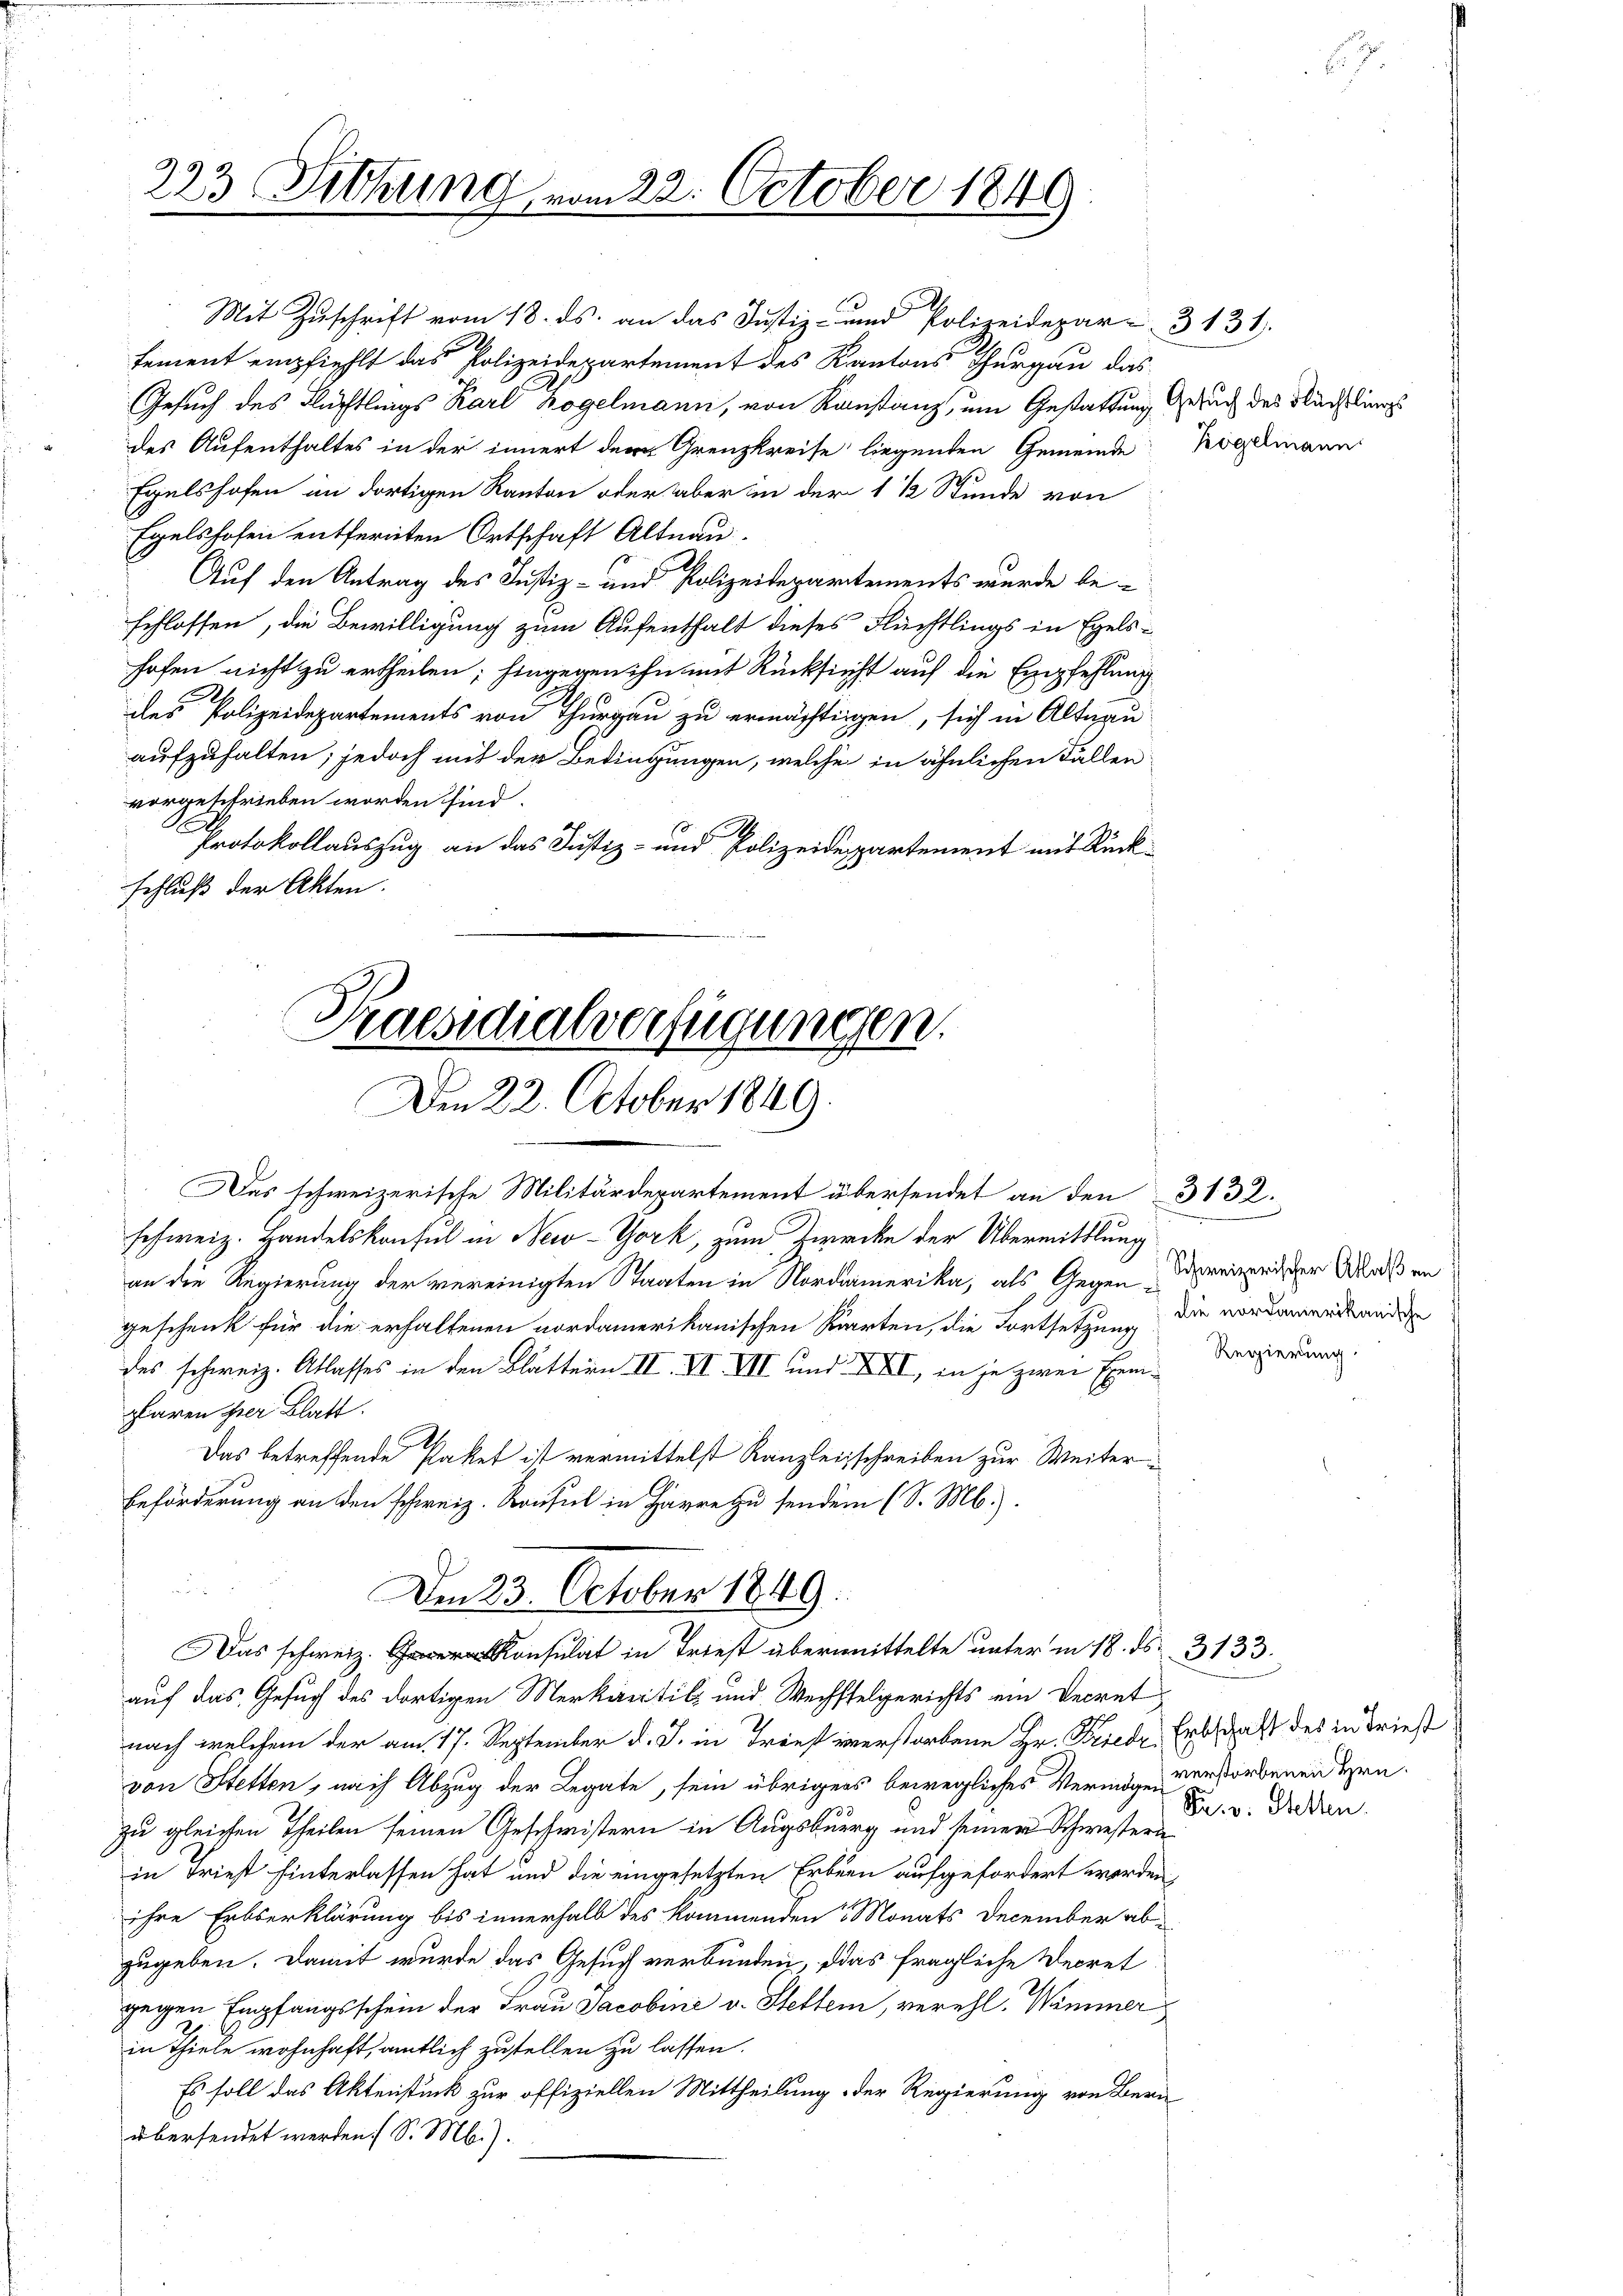
223 Sitzung vom 22. October 1849

Mit Zuschrift vom 18. ds. an das Justiz- und Polizeidepar- 3 131.
sement empfiehlt das Polizeidepartement des Kantons Thurgau das
Gesuch des Flüchtlings Karl Kogelmann, von Konstanz, um Gestattung Gesuch des Flüchtlings
des Aufenthaltes in der innert dem Grenzkreise liegenden Gemeinde Kogelmann
1.
Egelshofen im dortigen Kanton oder aber in der 1 ½ Stunde von
Egelshofen entfernten Ortschaft Altnau.
Auf den Antrag des Justiz- und Polizeidepartements wurde beschlossen, die Bewilligung zum Aufenthalt dieses Flüchtlings in Egelshofen nicht zu ertheilen; hingegen ihn mit Rücksicht auf die Empfehlung
des Polizeidepartements von Thurgau zu ermächtigen, sich in Altnau
aufzuhalten; jedoch mit der Bedingungen, welche in ähnlichen Fallen
vorgeschrieben worden sind.
Protokollauszug an das Justiz- und Polizeidepartement mit Rückschluß der Akten.

Praesidialverfügungen.
Den 22. October 1849.

Das schweizerische Militärdepartement übersendet an den 3132.
schweiz. Handelskonsul in New-York, zum Zwecke der Übermittlung
an die Regierung der vereinigten Staaten in Nordamerika, als Gegen Dreizerister Moos an
geschenk für die erhaltenen nordamerikanischen Karten, die Fortsetzung die vordamerstande
des schweiz. Atlasses in den Blättern II. VI VII und XXII, in je zwei Exem-Regierung.
plaren hier Blatt.
Das betreffende Paket ist vermittelst Kanzleisschreiben zur Weiter
Beförderung an den schweiz. Konsul in Harre zu senden (S. M.).
auf das Gesuch des dortigen Merkaritik und Wechstelgerichts ein Decret
nach welchem der am 17. September d. J. in Tries unerstorbene Hr. Friedr Erbschaft des in dries
von Stetten, nach Abzug der Legate, sein übrigers bewegliches Vermögen und vorbenen Hrn.
zu gleichen Theilen seinen Geschwistern in Augsburg und seiner Schwestern
in Friest hinterlassen hat und die eingesetzten Erbnen aufgefordert werden
ihre Erbserklärung bis innerhalb des kommenden Monats December ab-
zugeben. Damit wurde das Gesuch verbunden, das fragliche Decret
gegen Empfangsschein der Frau Jacobine v. Stetten, verehl. Wimmer
in Thiele wohnhaft, amtlich zustellen zu lassen.
Es soll das Aktenstück zur offiziellen Mittheilung der Regierung von Bern
übersendet werden. S. M.).

Den 23. October 1849.
Das schweiz. nur übermittelte unterm 18. ds. 3133

Sn. v. Stellen.